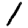
Digit: 1